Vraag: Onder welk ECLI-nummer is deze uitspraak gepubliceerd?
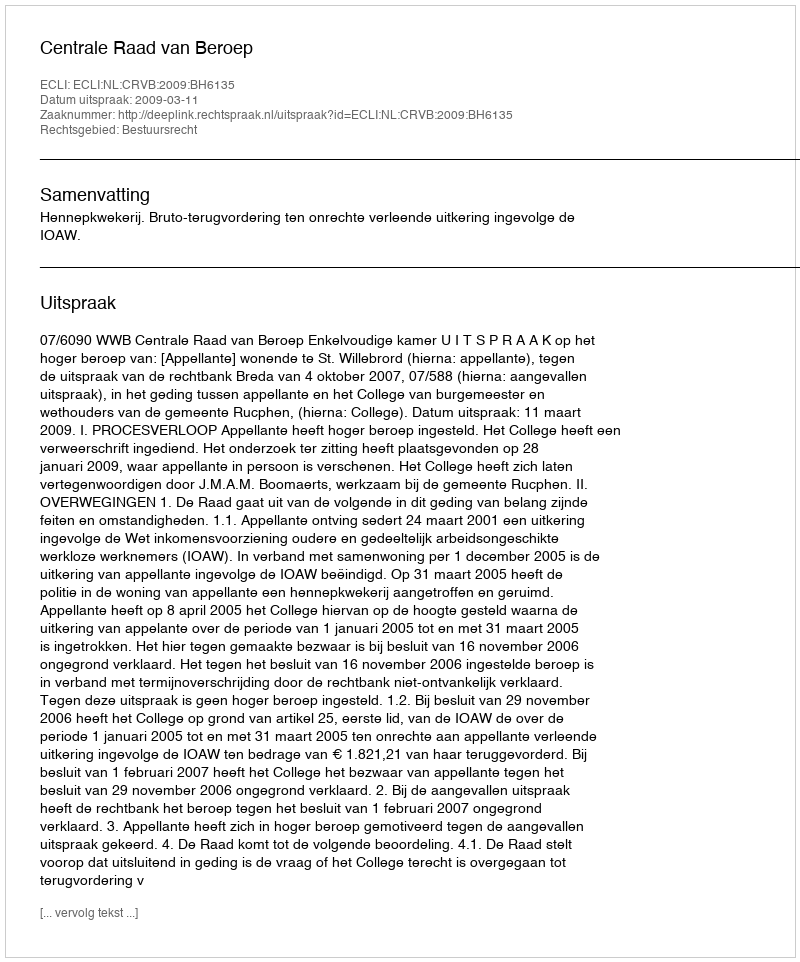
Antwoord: ECLI:NL:CRVB:2009:BH6135